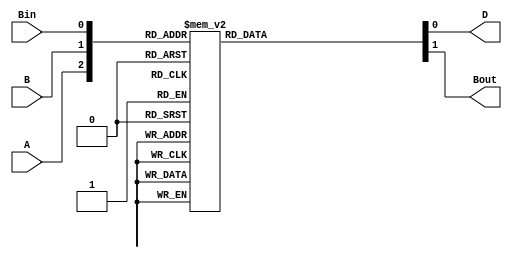
`timescale 1ns / 1ps
//////////////////////////////////////////////////////////////////////////////////
// Company: 
// Engineer: 
// 
// Design Name: 
// Module Name:    Full_subtractor 
// Project Name: 
// Target Devices: 
// Tool versions: 
// Description: 
//
// Dependencies: 
//
// Revision: 
// Revision 0.01 - File Created
// Additional Comments: 
//
//////////////////////////////////////////////////////////////////////////////////
module Full_subtractor(A,B,Bin,D,Bout);
	input A,B,Bin;
	output reg D,Bout;
	always@(A,B,Bin)
	begin
		case({A,B,Bin})
			3'b000: begin D=0; Bout=0; end
			3'b001: begin D=1; Bout=1; end
			3'b010: begin D=1; Bout=1; end
			3'b011: begin D=0; Bout=1; end
			3'b100: begin D=1; Bout=0; end
			3'b101: begin D=0; Bout=0; end
			3'b110: begin D=0; Bout=0; end
			3'b111: begin D=1; Bout=1; end
		endcase
	end
endmodule